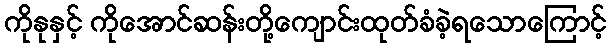
ကိုနုနှင့် ကိုအောင်ဆန်းတို့ကျောင်းထုတ်ခံခဲ့ရသောကြောင့်